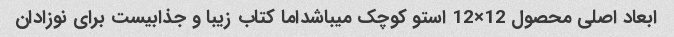
ابعاد اصلی محصول 12×12 استو کوچک میباشداما کتاب زیبا و جذابیست برای نوزادان